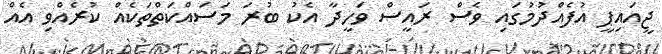
ޖީއައިޕީ އުފެއްދުމުގައި ވެސް ރައީސް ވަހީދާ އެކު ބުރަ މަސައްކަތްތަކެއް ކުރެއްވި އެއް